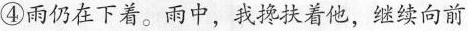
④雨仍在下着。雨中，我搀扶着他，继续向前